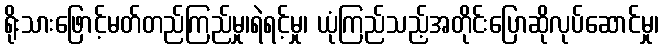
ရိုးသားဖြောင့်မတ်တည်ကြည်မှု၊ရဲရင့်မှု၊ ယုံကြည်သည့်အတိုင်းပြောဆိုလုပ်ဆောင်မှု၊